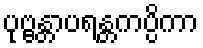
ပုဗ္ဗန္တာပရန္တကပ္ပိကာ